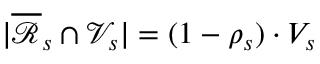
| \overline { { \mathcal { R } } } _ { s } \cap \mathcal { V } _ { s } | = ( 1 - \rho _ { s } ) \cdot V _ { s }